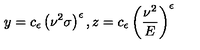
y = c _ { \epsilon } \left( \nu ^ { 2 } \sigma \right) ^ { \epsilon } , z = c _ { \epsilon } \left( \frac { \nu ^ { 2 } } { E } \right) ^ { \epsilon }